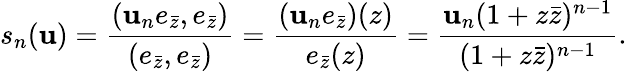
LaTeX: s_{n}(\mathbf{u})=\frac{{(\mathbf{u}_{n}e_{\bar{{z}}},e_{\bar{{z}}})}}{{(e_{\bar{{z}}},e_{\bar{{z}}})}}=\frac{{(\mathbf{u}_{n}e_{\bar{{z}}})(z)}}{{e_{\bar{{z}}}(z)}}=\frac{{\mathbf{u}_{n}(1+z\bar{{z}})^{n-1}}}{{(1+z\bar{{z}})^{n-1}}}.